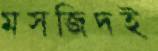
মসজিদই